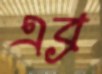
এব্র